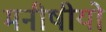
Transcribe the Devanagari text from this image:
मनीषीयो